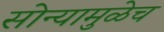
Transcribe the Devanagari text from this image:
सोन्यामुळेच